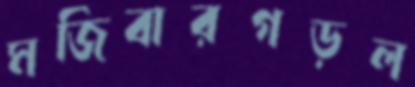
মজিবারগড়ল